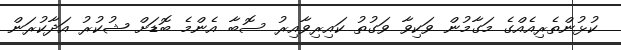
ކުޅުންތެރިއެއްގެ މަގާމުން ވަކިވާ ވަގުތު ކައިރިވާއިރު ސޮބާ އެންމެ ބޮޑަށް ޝުކުރު އަދާކުރަން